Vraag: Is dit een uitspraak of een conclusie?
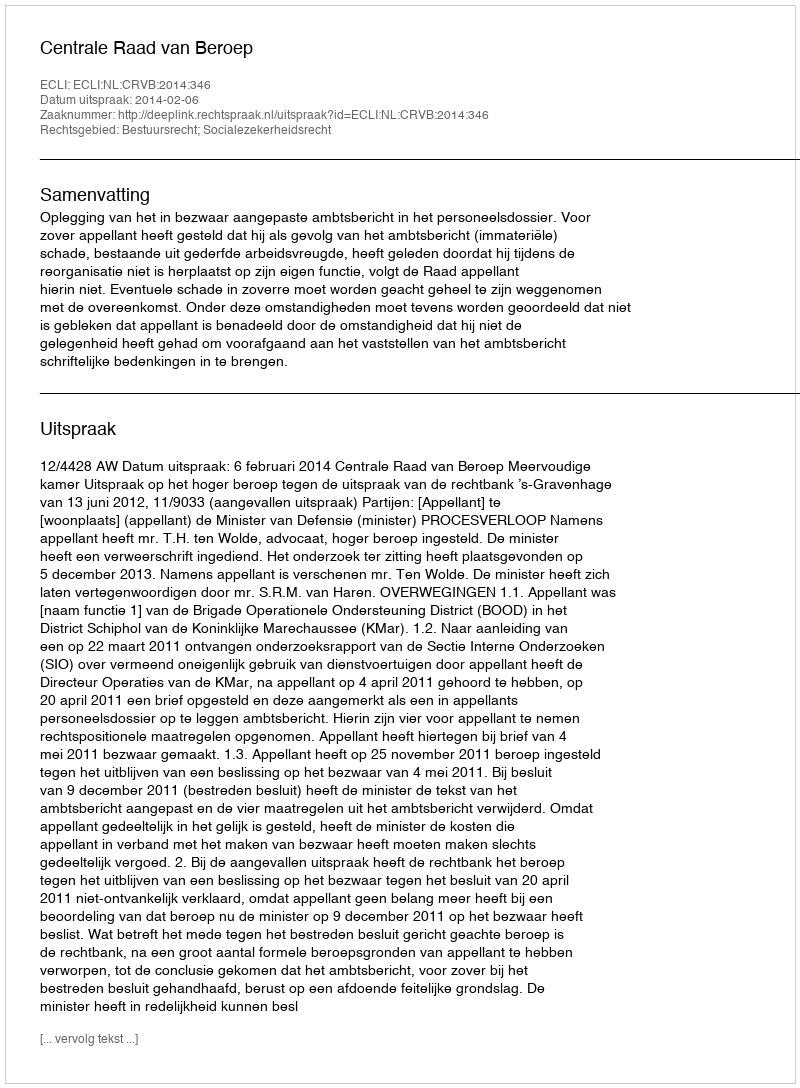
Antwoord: Uitspraak